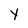
Character: Y